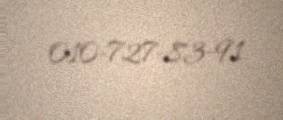
010-727-83-91